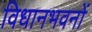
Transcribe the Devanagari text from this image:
विधानभवनों